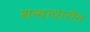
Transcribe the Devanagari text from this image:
शब्दाधारीत